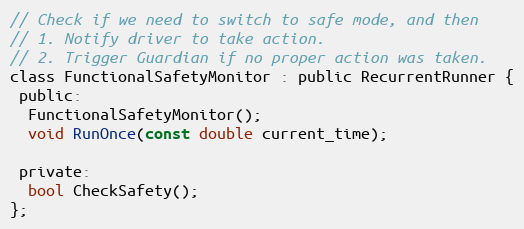
Language: C
// Check if we need to switch to safe mode, and then
// 1. Notify driver to take action.
// 2. Trigger Guardian if no proper action was taken.
class FunctionalSafetyMonitor : public RecurrentRunner {
 public:
  FunctionalSafetyMonitor();
  void RunOnce(const double current_time);

 private:
  bool CheckSafety();
};